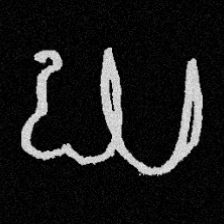
Pyu character \u2014 Myanmar letter: ဃ (romanized: gha)